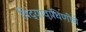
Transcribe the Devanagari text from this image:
विद्यावाघिणीचे